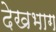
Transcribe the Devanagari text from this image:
देखभाग